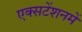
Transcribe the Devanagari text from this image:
एक्सटेंशनमें